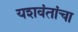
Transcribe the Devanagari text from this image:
यशवंतांचा